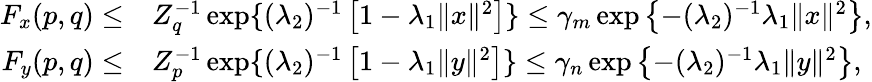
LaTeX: \begin{array}{rl}{F_{x}(p,q)\leq}&{Z_{q}^{-1}\exp\{ (\lambda_{2})^{-1}\left[1-\lambda_{1}\| x\| ^{2}\right]\} \leq\gamma_{m}\exp\left\{ -(\lambda_{2})^{-1}\lambda_{1}\| x\| ^{2}\right\} ,}\\ {F_{y}(p,q)\leq}&{Z_{p}^{-1}\exp\{ (\lambda_{2})^{-1}\left[1-\lambda_{1}\| y\| ^{2}\right]\} \leq\gamma_{n}\exp\left\{ -(\lambda_{2})^{-1}\lambda_{1}\| y\| ^{2}\right\} ,}\end{array}